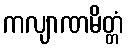
ကလျာဏမိတ္တံ